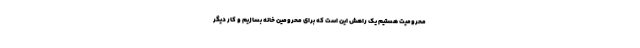
محرومیت هستیم یک راهش این است که برای محرومین خانه بسازیم و کار دیگر